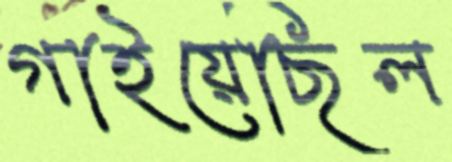
গাইয়েছিল